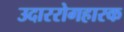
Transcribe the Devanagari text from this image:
उदाररोगहारक